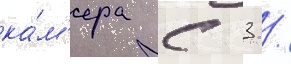
ка́м'ера с 3 /